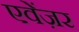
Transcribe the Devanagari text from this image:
एवेंज़र